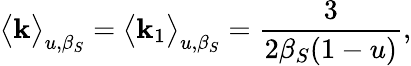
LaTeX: \big<\mathbf{k}\big>_{u,\beta_{S}}=\big<\mathbf{k}_{1}\big>_{u,\beta_{S}}=\frac{{3}}{{2\beta_{S}(1-u)}},